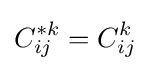
C_{ij}^{*k}=C_{ij}^{k}